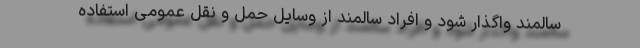
سالمند واگذار شود و افراد سالمند از وسایل حمل و نقل عمومی استفاده